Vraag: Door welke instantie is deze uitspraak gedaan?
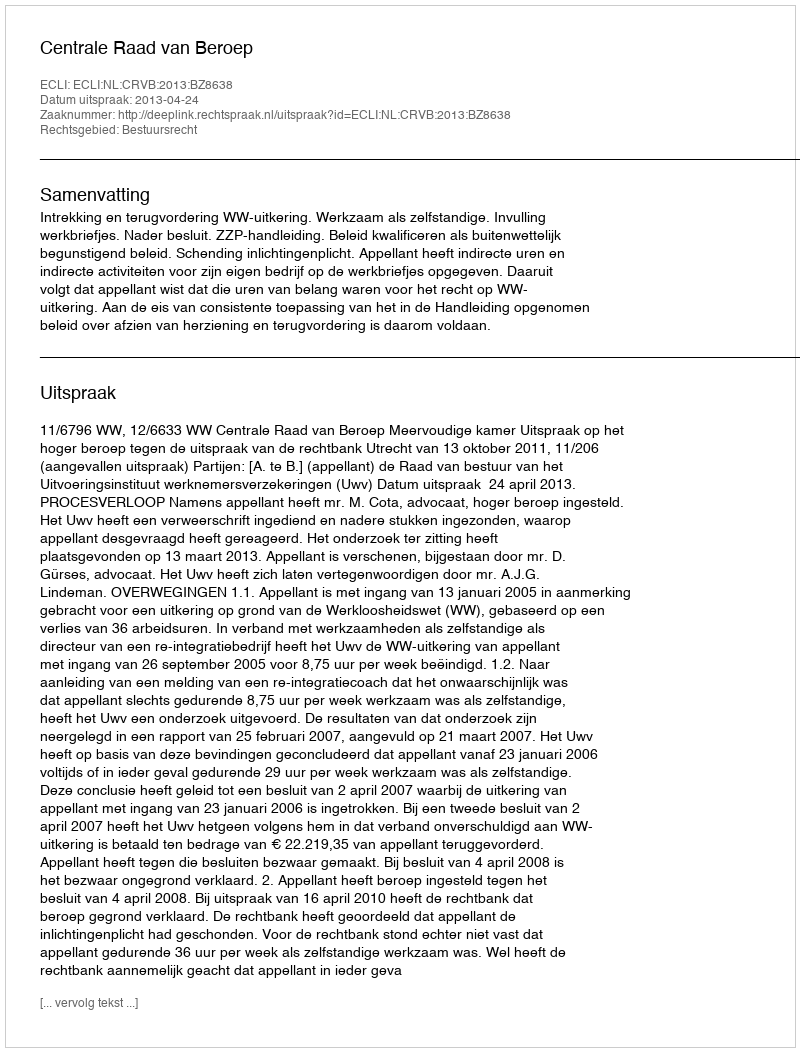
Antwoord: Centrale Raad van Beroep